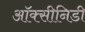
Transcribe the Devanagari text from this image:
ऑक्सीनिडी